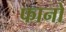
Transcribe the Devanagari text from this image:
फानो